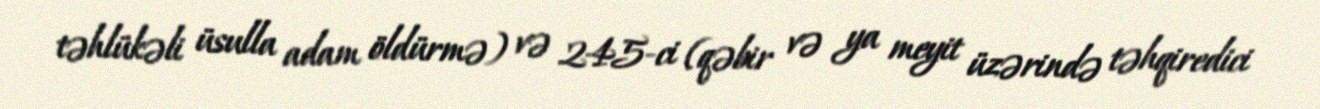
təhlükəli üsulla adam öldürmə) və 245-ci (qəbir və ya meyit üzərində təhqiredici